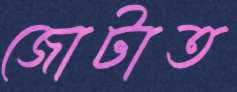
জোটাত